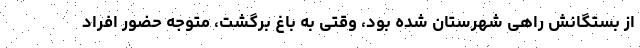
از بستگانش راهی شهرستان شده بود، وقتی به باغ برگشت، متوجه حضور افراد